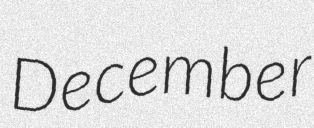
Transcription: December